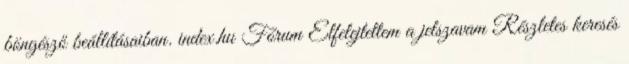
böngésző beállításaiban. index.hu Fórum Elfelejtettem a jelszavam Részletes keresés